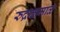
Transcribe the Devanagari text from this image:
रुद्राक्षमाळ